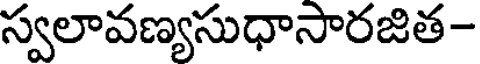
స్వలావణ్యసుధాసారజిత-